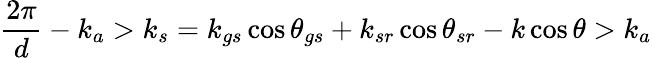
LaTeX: \frac{2\pi}{d}-k_{a}>k_{s}=k_{gs}\cos{\theta_{gs}}+k_{sr}\cos{\theta_{sr}}-k\cos{\theta}>k_{a}